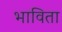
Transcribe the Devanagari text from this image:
भाविता